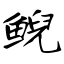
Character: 鲵